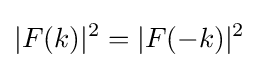
|F(k)|^{2}=|F(-k)|^{2}